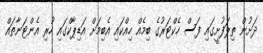
ދަށުން ތިލަފުށީގައި ފަސް ހެކްޓަރުގެ ބިމެއް ހިއްކައި އެބިމަށް އަޑިޕާކްގައި ހުރި އެންޓަނާތައް